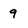
Character: 9